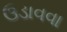
ઉડાવવા